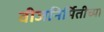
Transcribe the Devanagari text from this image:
वीजनिर्मितीच्या